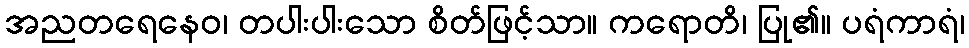
အညတရေနေဝ၊ တပါးပါးသော စိတ်ဖြင့်သာ။ ကရောတိ၊ ပြု၏။ ပရံကာရံ၊